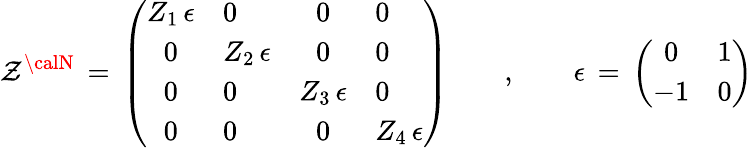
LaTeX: \mathcal{Z}^{\calN}\, =\, \left(\begin{array}{clcl}{{Z_{1}\, \epsilon}}&{{0}}&{{0}}&{{0}}\\ {{0}}&{{Z_{2}\, \epsilon}}&{{0}}&{{0}}\\ {{0}}&{{0}}&{{Z_{3}\, \epsilon}}&{{0}}\\ {{0}}&{{0}}&{{0}}&{{Z_{4}\, \epsilon}}\end{array}\right)\qquad,\qquad\epsilon\, =\, \left(\begin{array}{cl}{{0}}&{{1}}\\ {{-1}}&{{0}}\end{array}\right)